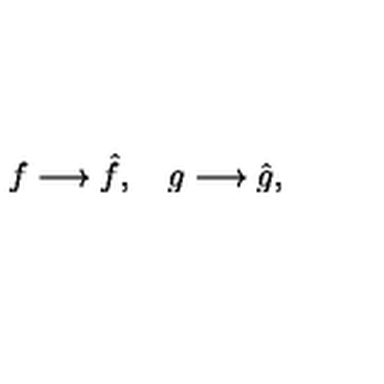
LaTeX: f \longrightarrow \hat { f } , \quad g \longrightarrow \hat { g } ,